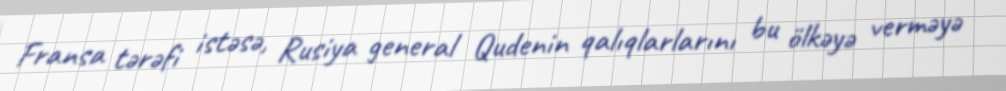
Fransa tərəfi istəsə, Rusiya general Qudenin qalıqlarlarını bu ölkəyə verməyə